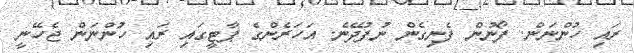
ރައި ހުންނަން. ފޯނުން ފެނިގެން ނުފުދޭނެ. އަހަރެންގެ ޕާޓީގައި ރައި ހުންނަން ޖެހޭނީ